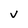
Character: v